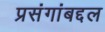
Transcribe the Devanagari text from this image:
प्रसंगांबद्दल